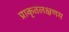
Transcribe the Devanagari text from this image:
प्राकृतलक्षणम